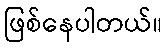
ဖြစ်နေပါတယ်။